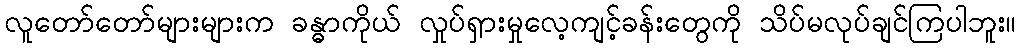
လူတော်တော်များများက ခန္ဓာကိုယ် လှုပ်ရှားမှုလေ့ကျင့်ခန်းတွေကို သိပ်မလုပ်ချင်ကြပါဘူး။